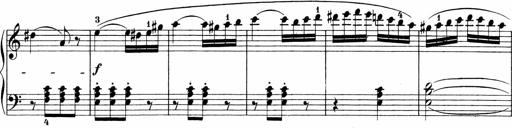
Title: Sonatinen Op.47, 98 und 136, nebst 6 Liedersonatinen
Composer: Carl Reinecke